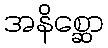
အနိစ္ဆော